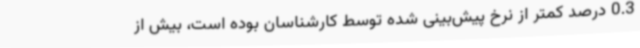
0.3 درصد کمتر از نرخ پیش‌بینی شده توسط کارشناسان بوده است، بیش از